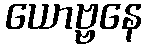
ယောဗ္ဗနေ